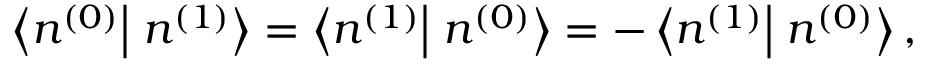
\left\langle n ^ { ( 0 ) } \right| \left. n ^ { ( 1 ) } \right\rangle = \left\langle n ^ { ( 1 ) } \right| \left. n ^ { ( 0 ) } \right\rangle = - \left\langle n ^ { ( 1 ) } \right| \left. n ^ { ( 0 ) } \right\rangle ,